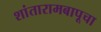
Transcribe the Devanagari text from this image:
शांतारामबापूचा